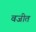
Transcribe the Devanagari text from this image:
वजीत